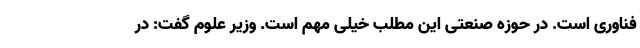
فناوری‌ است. در حوزه صنعتی این مطلب خیلی مهم است. وزیر علوم گفت: در